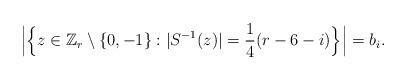
LaTeX: \begin{align*}\Bigl|\Bigl\{z\in\Bbb Z_r\setminus\{0,-1\}:|S^{-1}(z)|=\frac 14(r-6-i)\Bigr\}\Bigr|=b_i.\end{align*}